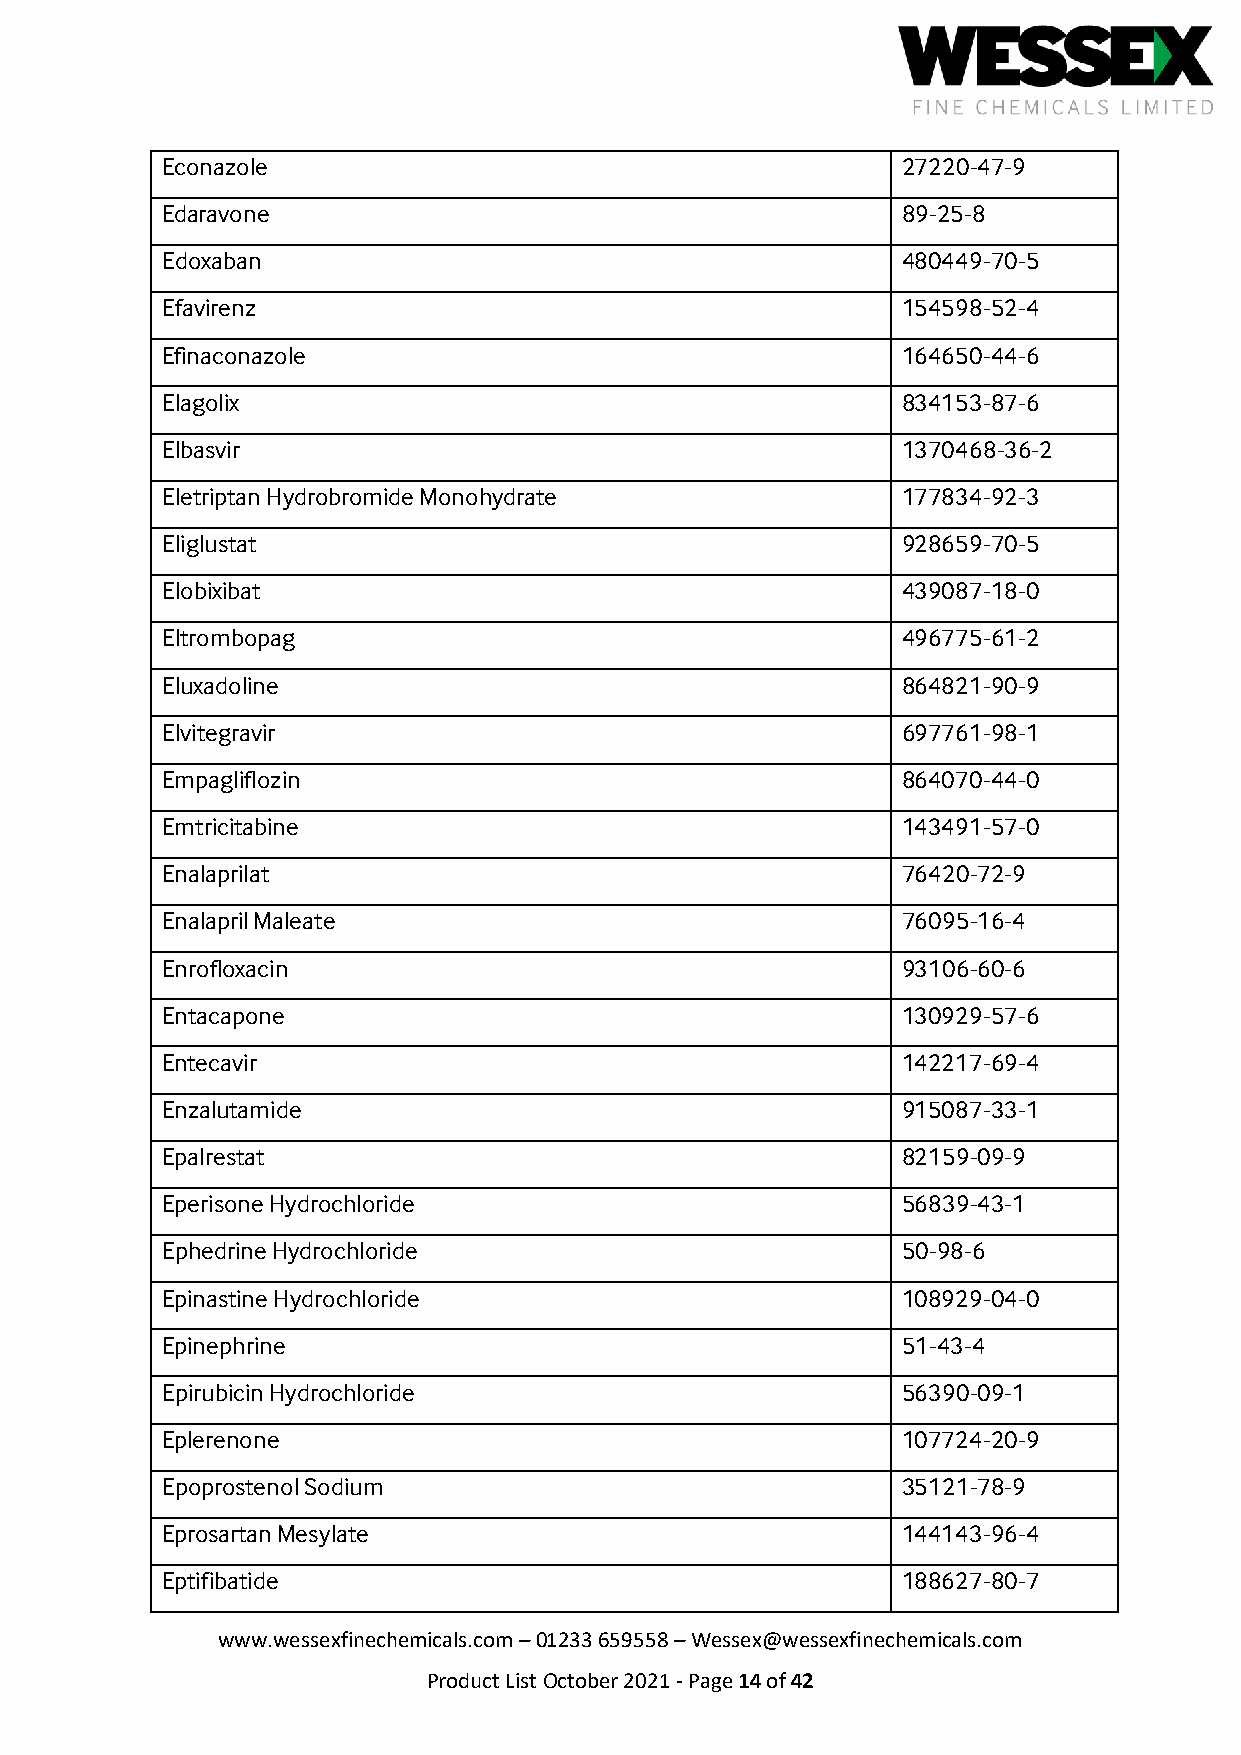
Econazole                                        27220-47-9
 Edaravone                                        89-25-8
 Edoxaban                                         480449-70-5
 Efavirenz                                        154598-52-4
 Efinaconazole                                    164650-44-6
 Elagolix                                         834153-87-6
 Elbasvir                                         1370468-36-2
 Eletriptan Hydrobromide Monohydrate              177834-92-3
 Eliglustat                                       928659-70-5
 Elobixibat                                       439087-18-0
 Eltrombopag                                      496775-61-2
 Eluxadoline                                      864821-90-9
 Elvitegravir                                     697761-98-1
 Empagliflozin                                    864070-44-0
 Emtricitabine                                    143491-57-0
 Enalaprilat                                      76420-72-9
 Enalapril Maleate                                76095-16-4
 Enrofloxacin                                     93106-60-6
 Entacapone                                       130929-57-6
 Entecavir                                        142217-69-4
 Enzalutamide                                     915087-33-1
 Epalrestat                                       82159-09-9
 Eperisone Hydrochloride                          56839-43-1
 Ephedrine Hydrochloride                          50-98-6
 Epinastine Hydrochloride                         108929-04-0
 Epinephrine                                      51-43-4
 Epirubicin Hydrochloride                         56390-09-1
 Eplerenone                                       107724-20-9
 Epoprostenol Sodium                              35121-78-9
 Eprosartan Mesylate                              144143-96-4
 Eptifibatide                                     188627-80-7
 www.wessexfinechemicals.com – 01233 659558 – Wessex@wessexfinechemicals.com
 Product List October 2021 - Page 14 of 42